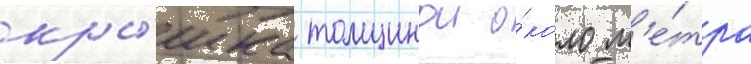
кры́шка толщинои о́коло м'е́тра